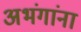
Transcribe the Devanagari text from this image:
अभंगांना